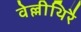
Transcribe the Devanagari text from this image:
वेल्लीथिरै